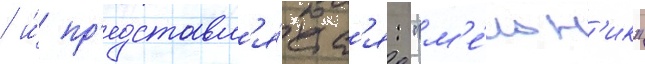
/ и́ пр'едставл'я́етс'я: "м'е́льн'ик"